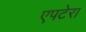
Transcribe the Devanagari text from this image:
एपटेरा